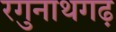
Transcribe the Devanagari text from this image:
रगुनाथगढ़